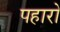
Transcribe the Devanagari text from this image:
पहारो